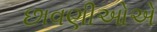
છાવણીઓએ